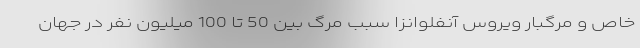
خاص و مرگبار ویروس آنفلوانزا سبب مرگ بین 50 تا 100 میلیون نفر در جهان